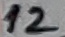
Text: 12